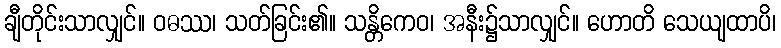
ချီတိုင်းသာလျှင်။ ဝဓဿ၊ သတ်ခြင်း၏။ သန္တိကေဝ၊ အနီး၌သာလျှင်။ ဟောတိ သေယျထာပိ၊